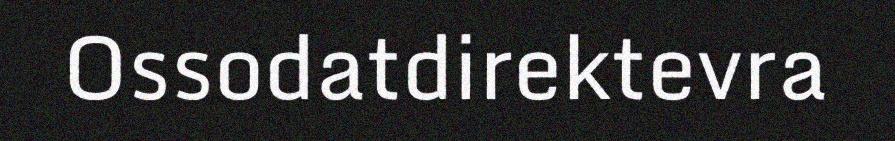
Ossodatdirektevra